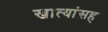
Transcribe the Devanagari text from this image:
खात्यांसह